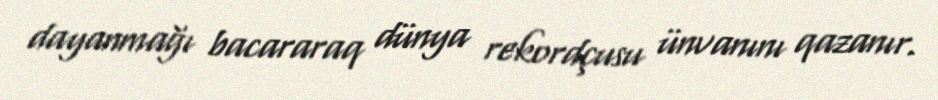
dayanmağı bacararaq dünya rekordçusu ünvanını qazanır.